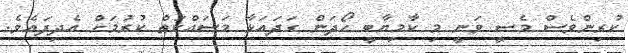
ކުރިންވެސް މެސީ ވަނީ މި ކާމިޔާބީ ހޯދަން ގަދައަޅާ މަސައްކަތް ކުރުމަށް އެދިފައެވެ.